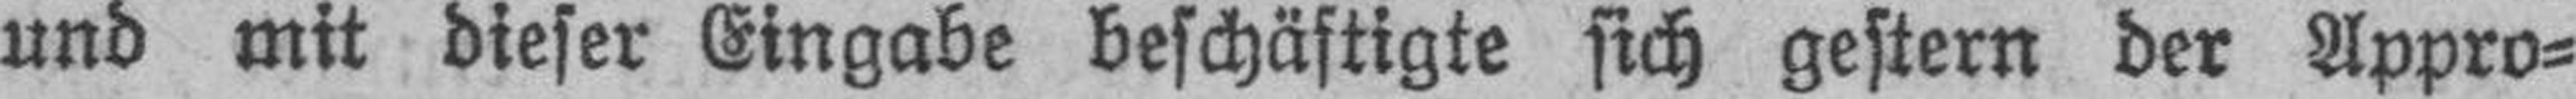
und mit dieser Eingabe beschäftigte sich gestern der Appro¬